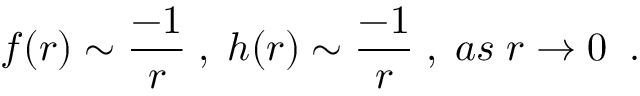
f ( r ) \sim \frac { - 1 } { r } \; , \; h ( r ) \sim \frac { - 1 } { r } \; , \; a s \; r \rightarrow 0 \; \; .